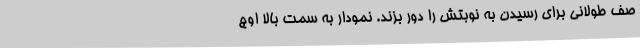
صف طولانی برای رسیدن به نوبتش را دور بزند. نمودار به سمت بالا اوج